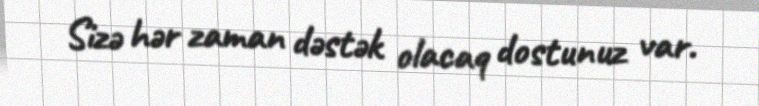
Sizə hər zaman dəstək olacaq dostunuz var.